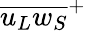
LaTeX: {\overline{{{u_{L}}{w_{S}}}}}^{+}